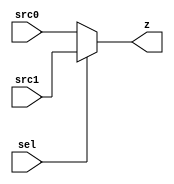
module mux (sel, src0, src1, z);
  
  input sel;
  input src0;
  input src1;
  output reg z;
  

  always @(sel or src0 or src1)
      begin
        if (sel == 1'b0) z <= src0;
        else z <= src1;
      end
   
endmodule